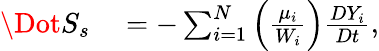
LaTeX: \begin{array}{rl}{\Dot{S}_{s}}&{{}=-\sum_{i=1}^{N}\left(\frac{\mu_{i}}{W_{i}}\right)\frac{DY_{i}}{Dt},}\end{array}